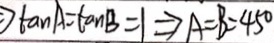
\tan A = \tan B = 1 \Rightarrow A = B = 4 5 ^ { \circ }